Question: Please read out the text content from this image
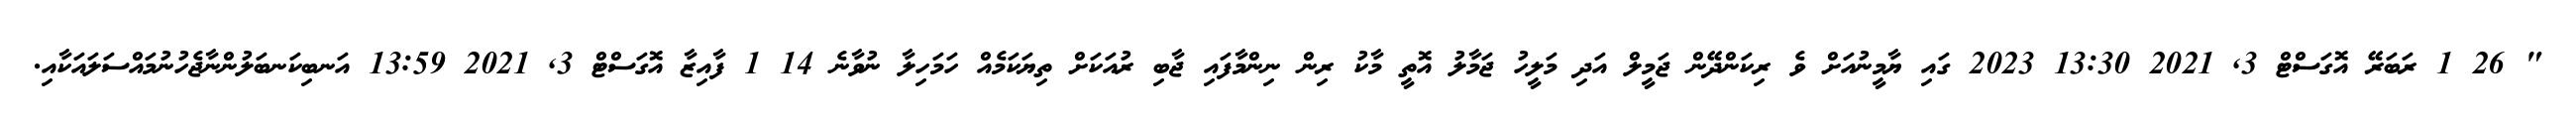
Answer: " 26 1 ރަބަރޭ އޮގަސްޓް 3, 2021 13:30 2023 ގައި ޔާމީނުއަށް ވެ ރިކަންދޭން ޖަމީލް އަދި މަލީހު ޖަމާލު އޮތީ މާކު ރިން ނިންމާފައި ޖާބި ރުއަކަށް ތިޔަކަމެއް ހަމަހިލާ ނުވާނެ 14 1 ފާއިޒާ އޮގަސްޓް 3, 2021 13:59 އަނބިކަނބަލުންނާޖެހުނުމައްސަލައަކާއި.